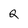
Character: 2